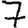
Digit: 7